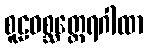
စူဠဝစ္ဆတ္ထေရဂါထာ